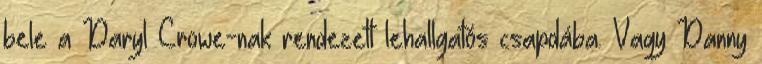
bele a Daryl Crowe-nak rendezett lehallgatós csapdába. Vagy Danny